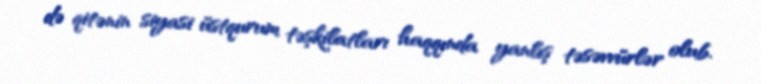
də qitənin siyasi üstqurum təşkilatları haqqında yanlış təsəvvürlər olub.